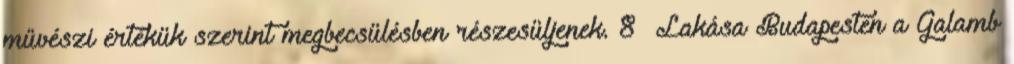
művészi értékük szerint megbecsülésben részesüljenek. 8 Lakása Budapesten a Galamb